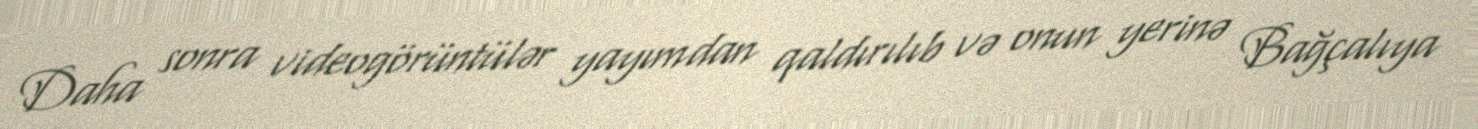
Daha sonra videogörüntülər yayımdan qaldırılıb və onun yerinə Bağçalıya